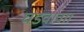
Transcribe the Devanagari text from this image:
घडवावा।